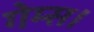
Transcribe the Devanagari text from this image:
गेम्स।